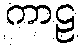
ကာဠ